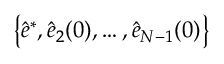
\big \{ \hat { e } ^ { * } , \hat { e } _ { 2 } ( 0 ) , \dots , \hat { e } _ { N - 1 } ( 0 ) \big \}